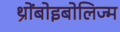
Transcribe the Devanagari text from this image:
थ्रोंबोइबोलिज्म